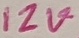
Text: 12V